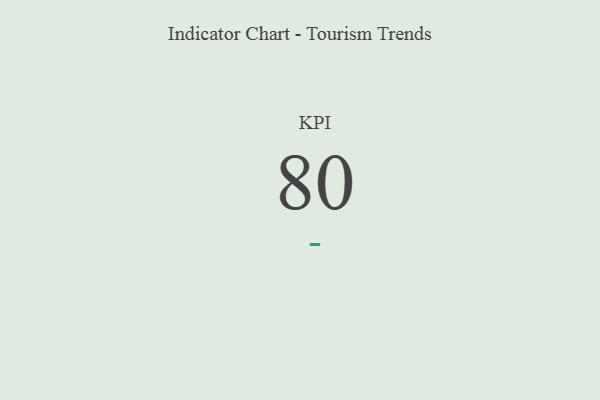
{"axis": {"x": "KPI", "y": "Value"}, "legend": [""], "data": [{"x": "KPI", "y": 80, "type": ""}]}